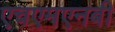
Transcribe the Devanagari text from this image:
एचएमएनबी